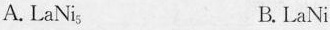
A.LaNi_{5} B.LaNi